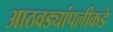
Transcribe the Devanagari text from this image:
आठवड्यांपलीकडे